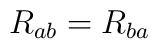
R_{ab} = R_{ba}